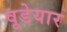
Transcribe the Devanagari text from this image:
वूडेयार